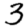
Digit: 3